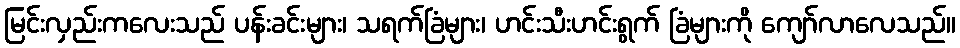
မြင်းလှည်းကလေးသည် ပန်းခင်းများ၊ သရက်ခြံများ၊ ဟင်းသီးဟင်းရွက် ခြံများကို ကျော်လာလေသည်။